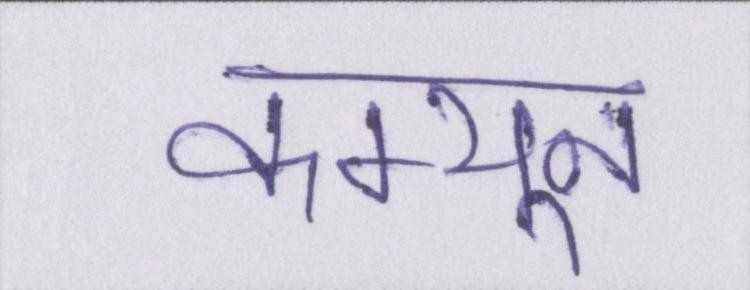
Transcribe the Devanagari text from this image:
कम्यून